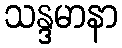
သန္ဒမာနာ